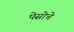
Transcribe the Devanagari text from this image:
पेसोचे